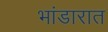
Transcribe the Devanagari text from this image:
भांडारात